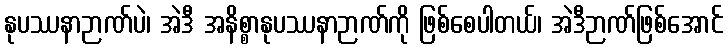
နုပဿနာဉာဏ်ပဲ၊ အဲဒီ အနိစ္စာနုပဿနာဉာဏ်ကို ဖြစ်စေပါတယ်၊ အဲဒီဉာဏ်ဖြစ်အောင်